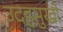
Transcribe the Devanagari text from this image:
उदहमुखो